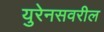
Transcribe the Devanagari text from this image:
युरेनसवरील